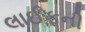
લાઈફની